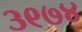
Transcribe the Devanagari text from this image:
३९७४